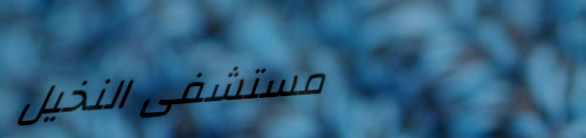
مستشفى النخيل